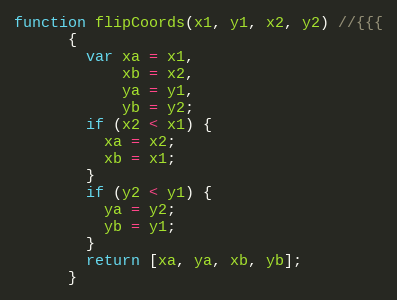
Language: JavaScript
function flipCoords(x1, y1, x2, y2) //{{{
      {
        var xa = x1,
            xb = x2,
            ya = y1,
            yb = y2;
        if (x2 < x1) {
          xa = x2;
          xb = x1;
        }
        if (y2 < y1) {
          ya = y2;
          yb = y1;
        }
        return [xa, ya, xb, yb];
      }